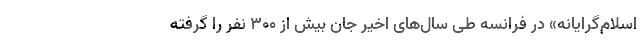
اسلام‌گرایانه» در فرانسه طی سال‌های اخیر جان بیش از ۳۰۰ نفر را گرفته